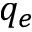
q _ { e }